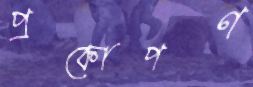
প্রকোপণ